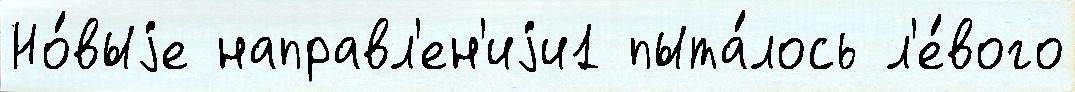
Но́выjе направл'ен'иjи1 пыта́лось л'е́вого